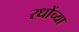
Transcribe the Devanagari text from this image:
रधोंच्या